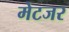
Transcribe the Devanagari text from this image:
मेटजर